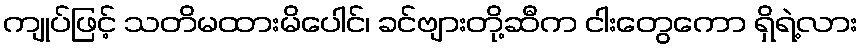
ကျုပ်ဖြင့် သတိမထားမိပေါင်၊ ခင်ဗျားတို့ဆီက ငါးတွေကော ရှိရဲ့လား